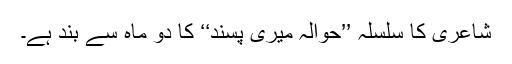
شاعری کا سلسلہ ’’حوالہ میری پسند‘‘ کا دو ماہ سے بند ہے۔